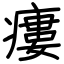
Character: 瘻